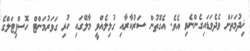
ޚިދުމަތަށް ވެދެވަޑައިގެންނެވި އެވެ. އެގޮތުން ސަރުކާރާއި ގުޅިލެއްވީ މާލޭގައި ހުރި ގަވަރުމަންޓް ހޮސްޕިޓަލްގެ